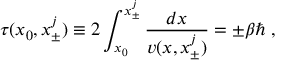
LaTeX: \tau ( x _ { 0 } , x _ { \pm } ^ { j } ) \equiv 2 \int _ { x _ { 0 } } ^ { x _ { \pm } ^ { j } } \frac { d x } { v ( x , x _ { \pm } ^ { j } ) } = \pm \beta \hbar \; ,